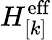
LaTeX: H_{[k]}^{\mathrm{eff}}